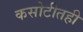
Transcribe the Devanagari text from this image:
कसोटीतही